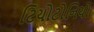
ટિયોટોનિયો